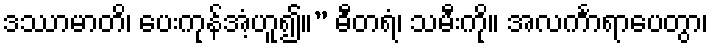
ဒဿာမာတိ၊ ပေးကုန်အံ့ဟူ၍။” ဓီတရံ၊ သမီးကို။ အလင်္ကာရာပေတွာ၊